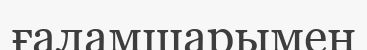
ғаламшарымен